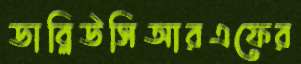
ডাব্লিউসিআরএফের